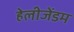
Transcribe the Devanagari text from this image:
हेलीजेंडम